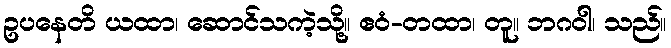
ဥပနေတိ ယထာ၊ ဆောင်သကဲ့သို့။ ဧဝံ-တထာ၊ တူ။ ဘဂဝါ၊ သည်။